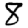
Digit: 8